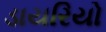
ડાયરિયો